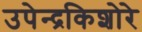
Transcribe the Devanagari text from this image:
उपेन्द्रकिशोरे